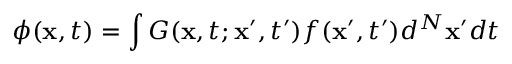
\phi ( \mathbf { x } , t ) = \int G ( \mathbf { x } , t ; \mathbf { x } ^ { \prime } , t ^ { \prime } ) f ( \mathbf { x } ^ { \prime } , t ^ { \prime } ) d ^ { N } \mathbf { x } ^ { \prime } d t